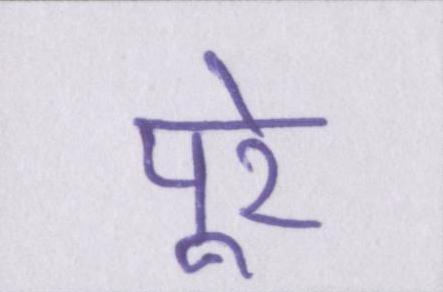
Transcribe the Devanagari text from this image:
पूरे